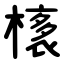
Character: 橠